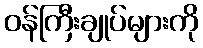
ဝန်ကြီးချုပ်များကို